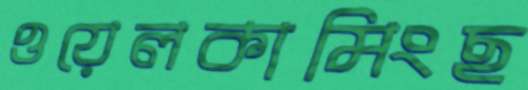
ওয়েলকামিংছ